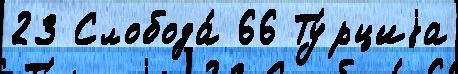
23 Слобода́ 66 Ту́рциjа